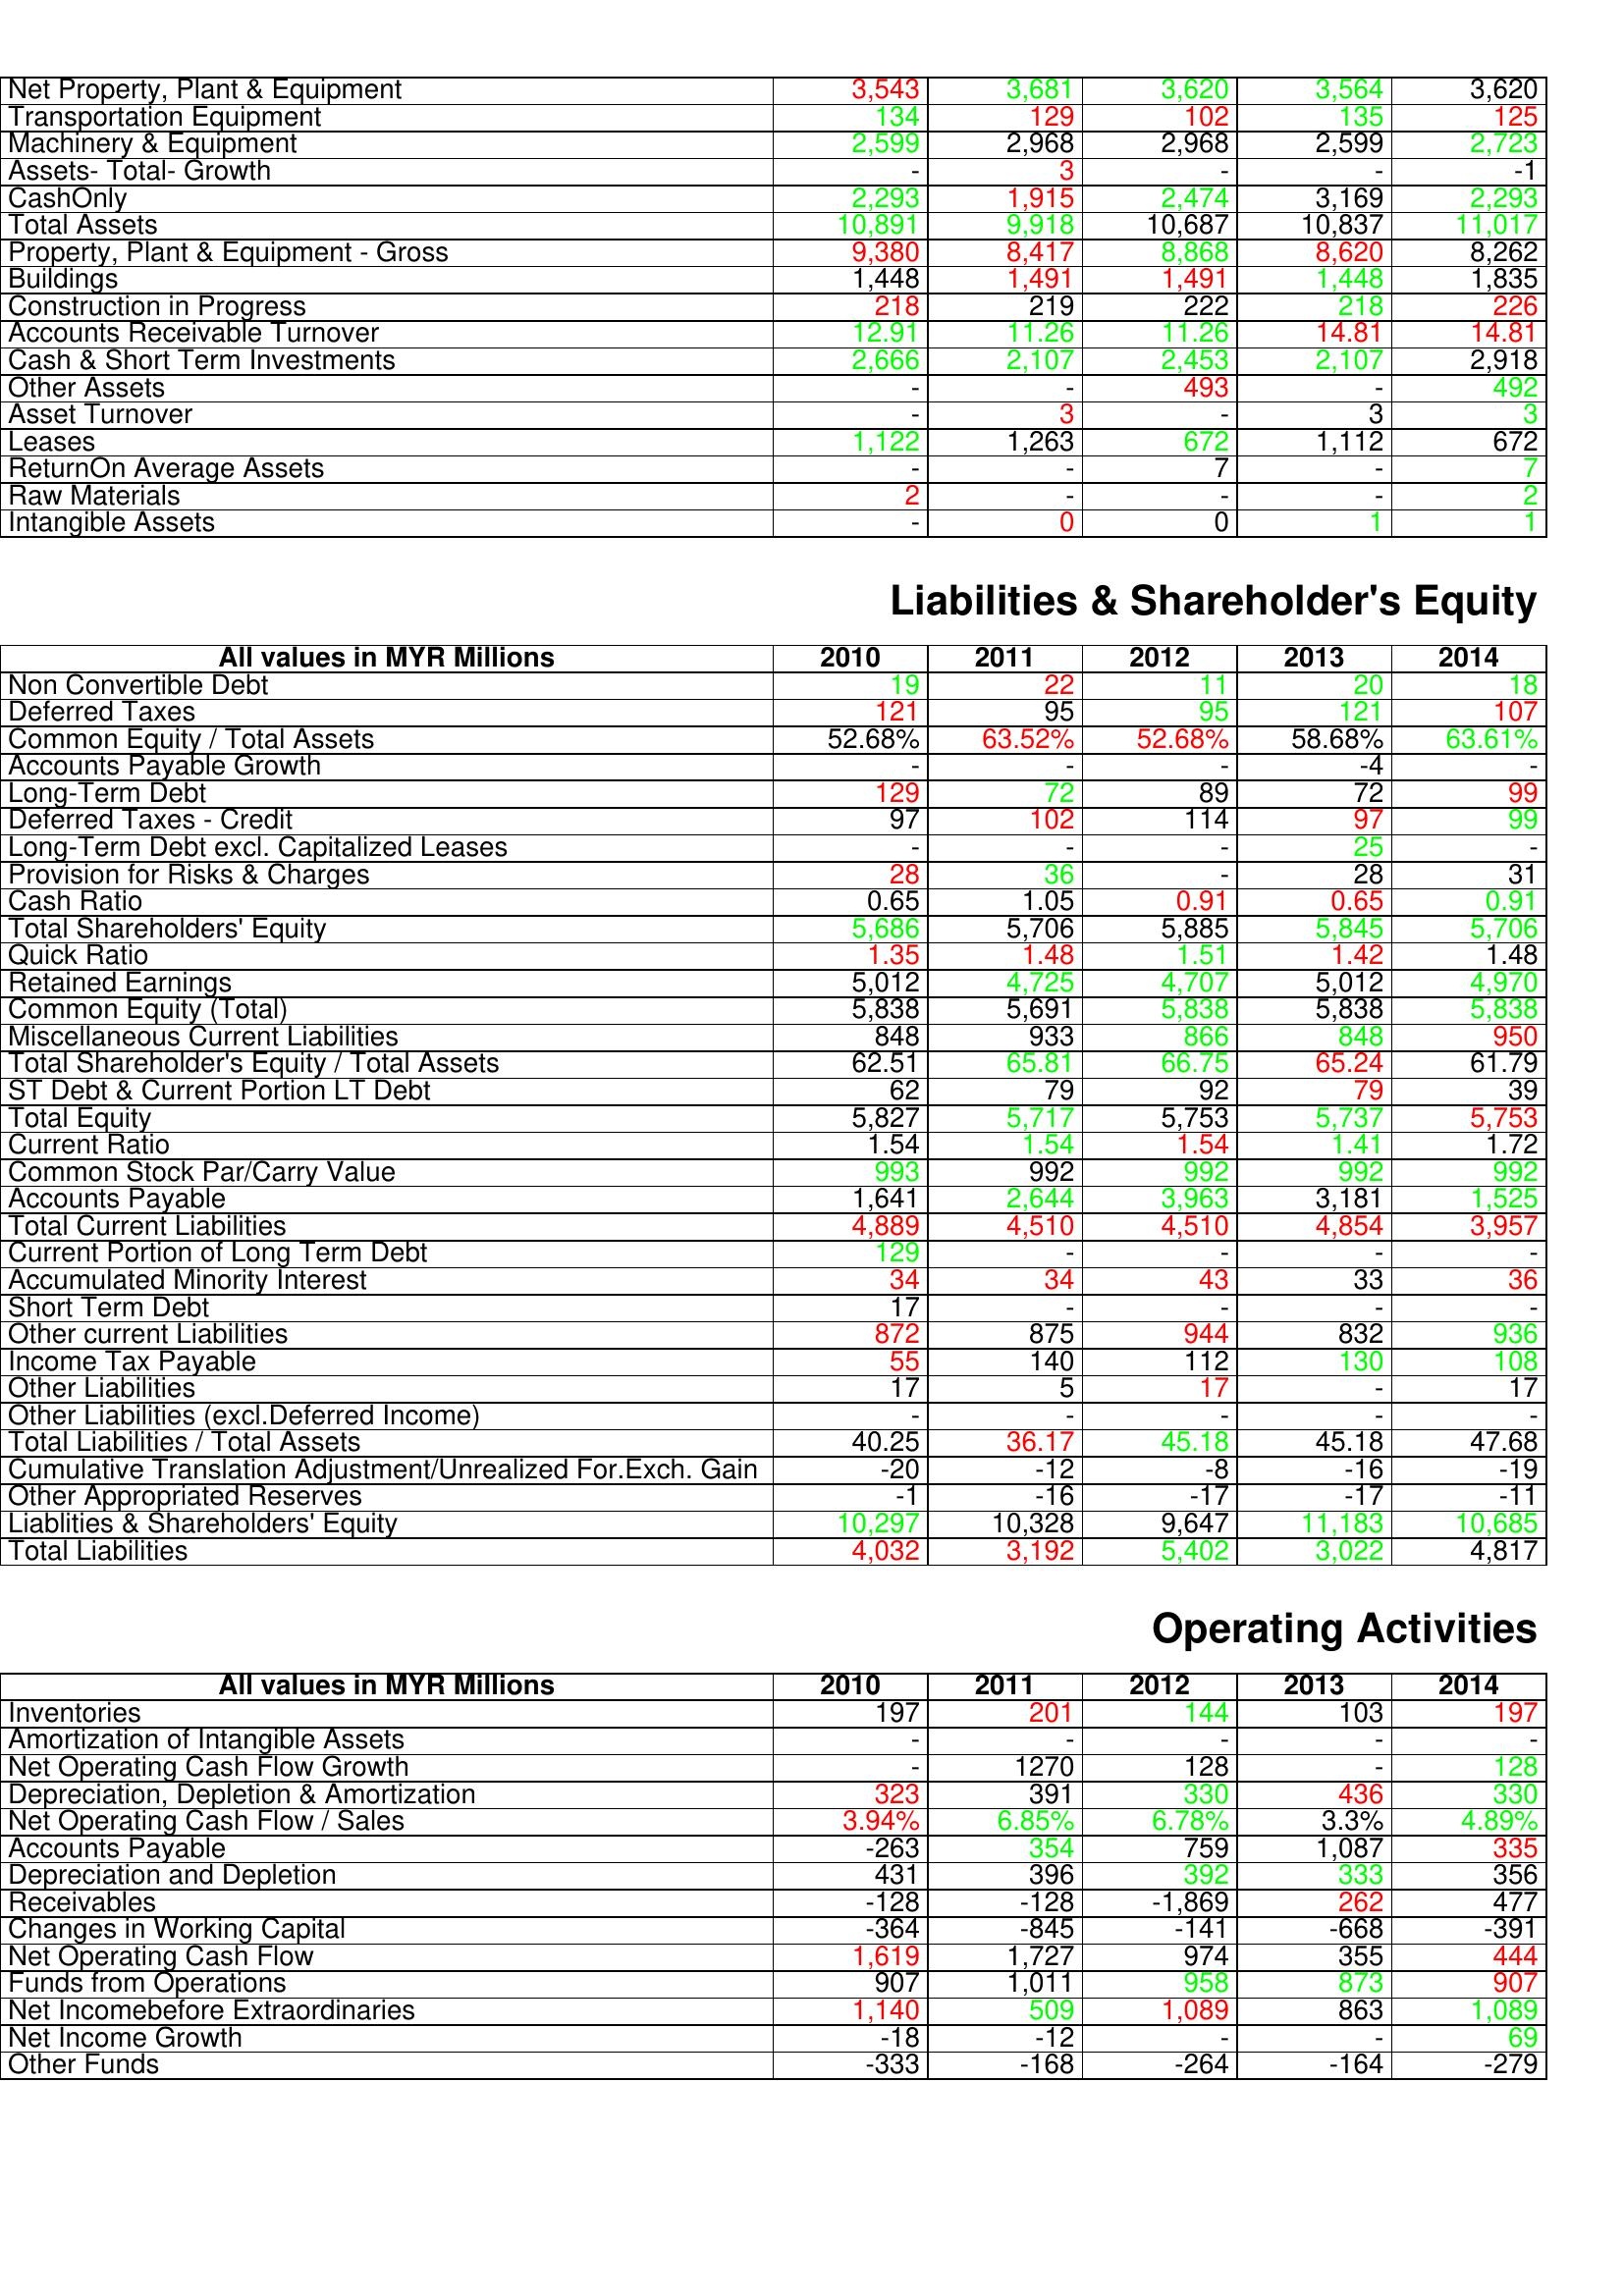
gt_parse: 2010: Assets: Net Property, Plant & Equipment: 3,543
Transportation Equipment: 134
Machinery & Equipment: 2,599
Assets- Total- Growth: -
CashOnly: 2,293
Total Assets: 10,891
Property, Plant & Equipment - Gross : 9,380
Buildings: 1,448
Construction in Progress: 218
Accounts Receivable Turnover: 12.91
Cash & Short Term Investments: 2,666
Other Assets: -
Asset Turnover: -
Leases: 1,122
ReturnOn Average Assets: -
Raw Materials: 2
Intangible Assets: -
Liabilities & Shareholder's Equity: Non Convertible Debt: 19
Deferred Taxes: 121
Common Equity / Total Assets: 52.68%
Accounts Payable Growth: -
Long-Term Debt: 129
Deferred Taxes - Credit: 97
Long-Term Debt excl. Capitalized Leases: -
Provision for Risks & Charges: 28
Cash Ratio: 0.65
Total Shareholders' Equity: 5,686
Quick Ratio: 1.35
Retained Earnings: 5,012
Common Equity (Total): 5,838
Miscellaneous Current Liabilities: 848
Total Shareholder's Equity / Total Assets: 62.51
ST Debt & Current Portion LT Debt: 62
Total Equity: 5,827
Current Ratio: 1.54
Common Stock Par/Carry Value: 993
Accounts Payable: 1,641
Total Current Liabilities: 4,889
Current Portion of Long Term Debt: 129
Accumulated Minority Interest: 34
Short Term Debt: 17
Other current Liabilities: 872
Income Tax Payable: 55
Other Liabilities: 17
Other Liabilities (excl.Deferred Income): -
Total Liabilities / Total Assets: 40.25
Cumulative Translation Adjustment/Unrealized For.Exch. Gain: -20
Other Appropriated Reserves: -1
Liablities & Shareholders' Equity: 10,297
Total Liabilities: 4,032
Operating Activities: Inventories: 197
Amortization of Intangible Assets: -
Net Operating Cash Flow Growth: -
Depreciation, Depletion & Amortization: 323
Net Operating Cash Flow / Sales: 3.94%
Accounts Payable: -263
Depreciation and Depletion: 431
Receivables: -128
Changes in Working Capital: -364
Net Operating Cash Flow: 1,619
Funds from Operations: 907
Net Incomebefore Extraordinaries: 1,140
Net Income Growth: -18
Other Funds: -333
2011: Assets: Net Property, Plant & Equipment: 3,681
Transportation Equipment: 129
Machinery & Equipment: 2,968
Assets- Total- Growth: 3
CashOnly: 1,915
Total Assets: 9,918
Property, Plant & Equipment - Gross : 8,417
Buildings: 1,491
Construction in Progress: 219
Accounts Receivable Turnover: 11.26
Cash & Short Term Investments: 2,107
Other Assets: -
Asset Turnover: 3
Leases: 1,263
ReturnOn Average Assets: -
Raw Materials: -
Intangible Assets: 0
Liabilities & Shareholder's Equity: Non Convertible Debt: 22
Deferred Taxes: 95
Common Equity / Total Assets: 63.52%
Accounts Payable Growth: -
Long-Term Debt: 72
Deferred Taxes - Credit: 102
Long-Term Debt excl. Capitalized Leases: -
Provision for Risks & Charges: 36
Cash Ratio: 1.05
Total Shareholders' Equity: 5,706
Quick Ratio: 1.48
Retained Earnings: 4,725
Common Equity (Total): 5,691
Miscellaneous Current Liabilities: 933
Total Shareholder's Equity / Total Assets: 65.81
ST Debt & Current Portion LT Debt: 79
Total Equity: 5,717
Current Ratio: 1.54
Common Stock Par/Carry Value: 992
Accounts Payable: 2,644
Total Current Liabilities: 4,510
Current Portion of Long Term Debt: -
Accumulated Minority Interest: 34
Short Term Debt: -
Other current Liabilities: 875
Income Tax Payable: 140
Other Liabilities: 5
Other Liabilities (excl.Deferred Income): -
Total Liabilities / Total Assets: 36.17
Cumulative Translation Adjustment/Unrealized For.Exch. Gain: -12
Other Appropriated Reserves: -16
Liablities & Shareholders' Equity: 10,328
Total Liabilities: 3,192
Operating Activities: Inventories: 201
Amortization of Intangible Assets: -
Net Operating Cash Flow Growth: 1270
Depreciation, Depletion & Amortization: 391
Net Operating Cash Flow / Sales: 6.85%
Accounts Payable: 354
Depreciation and Depletion: 396
Receivables: -128
Changes in Working Capital: -845
Net Operating Cash Flow: 1,727
Funds from Operations: 1,011
Net Incomebefore Extraordinaries: 509
Net Income Growth: -12
Other Funds: -168
2012: Assets: Net Property, Plant & Equipment: 3,620
Transportation Equipment: 102
Machinery & Equipment: 2,968
Assets- Total- Growth: -
CashOnly: 2,474
Total Assets: 10,687
Property, Plant & Equipment - Gross : 8,868
Buildings: 1,491
Construction in Progress: 222
Accounts Receivable Turnover: 11.26
Cash & Short Term Investments: 2,453
Other Assets: 493
Asset Turnover: -
Leases: 672
ReturnOn Average Assets: 7
Raw Materials: -
Intangible Assets: 0
Liabilities & Shareholder's Equity: Non Convertible Debt: 11
Deferred Taxes: 95
Common Equity / Total Assets: 52.68%
Accounts Payable Growth: -
Long-Term Debt: 89
Deferred Taxes - Credit: 114
Long-Term Debt excl. Capitalized Leases: -
Provision for Risks & Charges: -
Cash Ratio: 0.91
Total Shareholders' Equity: 5,885
Quick Ratio: 1.51
Retained Earnings: 4,707
Common Equity (Total): 5,838
Miscellaneous Current Liabilities: 866
Total Shareholder's Equity / Total Assets: 66.75
ST Debt & Current Portion LT Debt: 92
Total Equity: 5,753
Current Ratio: 1.54
Common Stock Par/Carry Value: 992
Accounts Payable: 3,963
Total Current Liabilities: 4,510
Current Portion of Long Term Debt: -
Accumulated Minority Interest: 43
Short Term Debt: -
Other current Liabilities: 944
Income Tax Payable: 112
Other Liabilities: 17
Other Liabilities (excl.Deferred Income): -
Total Liabilities / Total Assets: 45.18
Cumulative Translation Adjustment/Unrealized For.Exch. Gain: -8
Other Appropriated Reserves: -17
Liablities & Shareholders' Equity: 9,647
Total Liabilities: 5,402
Operating Activities: Inventories: 144
Amortization of Intangible Assets: -
Net Operating Cash Flow Growth: 128
Depreciation, Depletion & Amortization: 330
Net Operating Cash Flow / Sales: 6.78%
Accounts Payable: 759
Depreciation and Depletion: 392
Receivables: -1,869
Changes in Working Capital: -141
Net Operating Cash Flow: 974
Funds from Operations: 958
Net Incomebefore Extraordinaries: 1,089
Net Income Growth: -
Other Funds: -264
2013: Assets: Net Property, Plant & Equipment: 3,564
Transportation Equipment: 135
Machinery & Equipment: 2,599
Assets- Total- Growth: -
CashOnly: 3,169
Total Assets: 10,837
Property, Plant & Equipment - Gross : 8,620
Buildings: 1,448
Construction in Progress: 218
Accounts Receivable Turnover: 14.81
Cash & Short Term Investments: 2,107
Other Assets: -
Asset Turnover: 3
Leases: 1,112
ReturnOn Average Assets: -
Raw Materials: -
Intangible Assets: 1
Liabilities & Shareholder's Equity: Non Convertible Debt: 20
Deferred Taxes: 121
Common Equity / Total Assets: 58.68%
Accounts Payable Growth: -4
Long-Term Debt: 72
Deferred Taxes - Credit: 97
Long-Term Debt excl. Capitalized Leases: 25
Provision for Risks & Charges: 28
Cash Ratio: 0.65
Total Shareholders' Equity: 5,845
Quick Ratio: 1.42
Retained Earnings: 5,012
Common Equity (Total): 5,838
Miscellaneous Current Liabilities: 848
Total Shareholder's Equity / Total Assets: 65.24
ST Debt & Current Portion LT Debt: 79
Total Equity: 5,737
Current Ratio: 1.41
Common Stock Par/Carry Value: 992
Accounts Payable: 3,181
Total Current Liabilities: 4,854
Current Portion of Long Term Debt: -
Accumulated Minority Interest: 33
Short Term Debt: -
Other current Liabilities: 832
Income Tax Payable: 130
Other Liabilities: -
Other Liabilities (excl.Deferred Income): -
Total Liabilities / Total Assets: 45.18
Cumulative Translation Adjustment/Unrealized For.Exch. Gain: -16
Other Appropriated Reserves: -17
Liablities & Shareholders' Equity: 11,183
Total Liabilities: 3,022
Operating Activities: Inventories: 103
Amortization of Intangible Assets: -
Net Operating Cash Flow Growth: -
Depreciation, Depletion & Amortization: 436
Net Operating Cash Flow / Sales: 3.3%
Accounts Payable: 1,087
Depreciation and Depletion: 333
Receivables: 262
Changes in Working Capital: -668
Net Operating Cash Flow: 355
Funds from Operations: 873
Net Incomebefore Extraordinaries: 863
Net Income Growth: -
Other Funds: -164
2014: Assets: Net Property, Plant & Equipment: 3,620
Transportation Equipment: 125
Machinery & Equipment: 2,723
Assets- Total- Growth: -1
CashOnly: 2,293
Total Assets: 11,017
Property, Plant & Equipment - Gross : 8,262
Buildings: 1,835
Construction in Progress: 226
Accounts Receivable Turnover: 14.81
Cash & Short Term Investments: 2,918
Other Assets: 492
Asset Turnover: 3
Leases: 672
ReturnOn Average Assets: 7
Raw Materials: 2
Intangible Assets: 1
Liabilities & Shareholder's Equity: Non Convertible Debt: 18
Deferred Taxes: 107
Common Equity / Total Assets: 63.61%
Accounts Payable Growth: -
Long-Term Debt: 99
Deferred Taxes - Credit: 99
Long-Term Debt excl. Capitalized Leases: -
Provision for Risks & Charges: 31
Cash Ratio: 0.91
Total Shareholders' Equity: 5,706
Quick Ratio: 1.48
Retained Earnings: 4,970
Common Equity (Total): 5,838
Miscellaneous Current Liabilities: 950
Total Shareholder's Equity / Total Assets: 61.79
ST Debt & Current Portion LT Debt: 39
Total Equity: 5,753
Current Ratio: 1.72
Common Stock Par/Carry Value: 992
Accounts Payable: 1,525
Total Current Liabilities: 3,957
Current Portion of Long Term Debt: -
Accumulated Minority Interest: 36
Short Term Debt: -
Other current Liabilities: 936
Income Tax Payable: 108
Other Liabilities: 17
Other Liabilities (excl.Deferred Income): -
Total Liabilities / Total Assets: 47.68
Cumulative Translation Adjustment/Unrealized For.Exch. Gain: -19
Other Appropriated Reserves: -11
Liablities & Shareholders' Equity: 10,685
Total Liabilities: 4,817
Operating Activities: Inventories: 197
Amortization of Intangible Assets: -
Net Operating Cash Flow Growth: 128
Depreciation, Depletion & Amortization: 330
Net Operating Cash Flow / Sales: 4.89%
Accounts Payable: 335
Depreciation and Depletion: 356
Receivables: 477
Changes in Working Capital: -391
Net Operating Cash Flow: 444
Funds from Operations: 907
Net Incomebefore Extraordinaries: 1,089
Net Income Growth: 69
Other Funds: -279